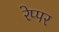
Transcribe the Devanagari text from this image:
रेप्पर